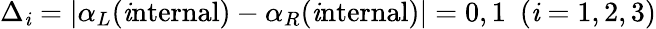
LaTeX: \Delta_{\mathit{i}}=\vert\alpha_{L}(\mathrm{{\mathit{i}nternal}})-\alpha_{R}(\mathrm{{\mathit{i}nternal}})\vert=0,1~~(\mathit{i}=1,2,3)